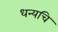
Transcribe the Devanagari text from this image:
धन्यचि